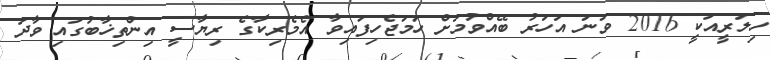
ހިލަރީއަކީ 2016 ވަނަ އަހަރު ބޭއްވުމަށް ހަމަޖެހިފައިވާ އެމެރިކާގެ ރިޔާސީ އިންތިޚާބުގައި ވާދަ